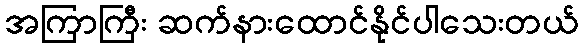
အကြာကြီး ဆက်နားထောင်နိုင်ပါသေးတယ်